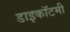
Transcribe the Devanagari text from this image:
डाइकॉटमी